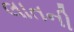
લાતની